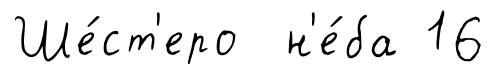
Ше́ст'еро н'е́ба 16